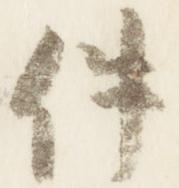
件